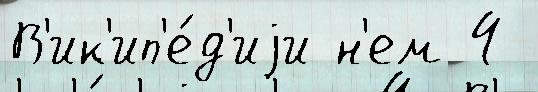
В'ик'ип'е́д'иjи н'ем 4